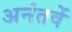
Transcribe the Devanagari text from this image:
अनंतवें